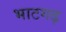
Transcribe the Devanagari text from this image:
भाटगढ़